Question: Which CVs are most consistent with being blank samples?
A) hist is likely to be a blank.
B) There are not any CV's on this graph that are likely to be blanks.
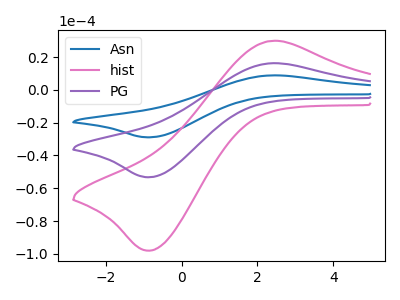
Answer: <think>The blue curve "Asn" has an anodic peak at (2.35V, 32.40uA) and a cathodic peak at (-0.80V, -106.55uA). The pink curve "hist" has an anodic peak at (2.35V, 29.80uA) and a cathodic peak at (-0.80V, -98.00uA). The purple curve "PG" has an anodic peak at (2.35V, 16.20uA) and a cathodic peak at (-0.80V, -53.25uA).</think>
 <answer>B) There are not any CV's on this graph that are likely to be blanks.</answer>
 <eval>B</eval>